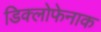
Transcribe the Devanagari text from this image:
डिक्लोफेनाक